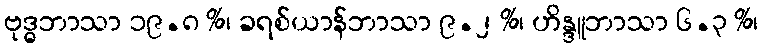
ဗုဒ္ဓဘာသာ ၁၉.၈ %၊ ခရစ်ယာန်ဘာသာ ၉.၂ %၊ ဟိန္ဒူဘာသာ ၆.၃ %၊